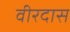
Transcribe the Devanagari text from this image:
वीरदास